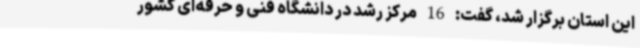
این استان برگزار شد، گفت: 16 مرکز رشد در دانشگاه فنی و حرفه‌ای کشور